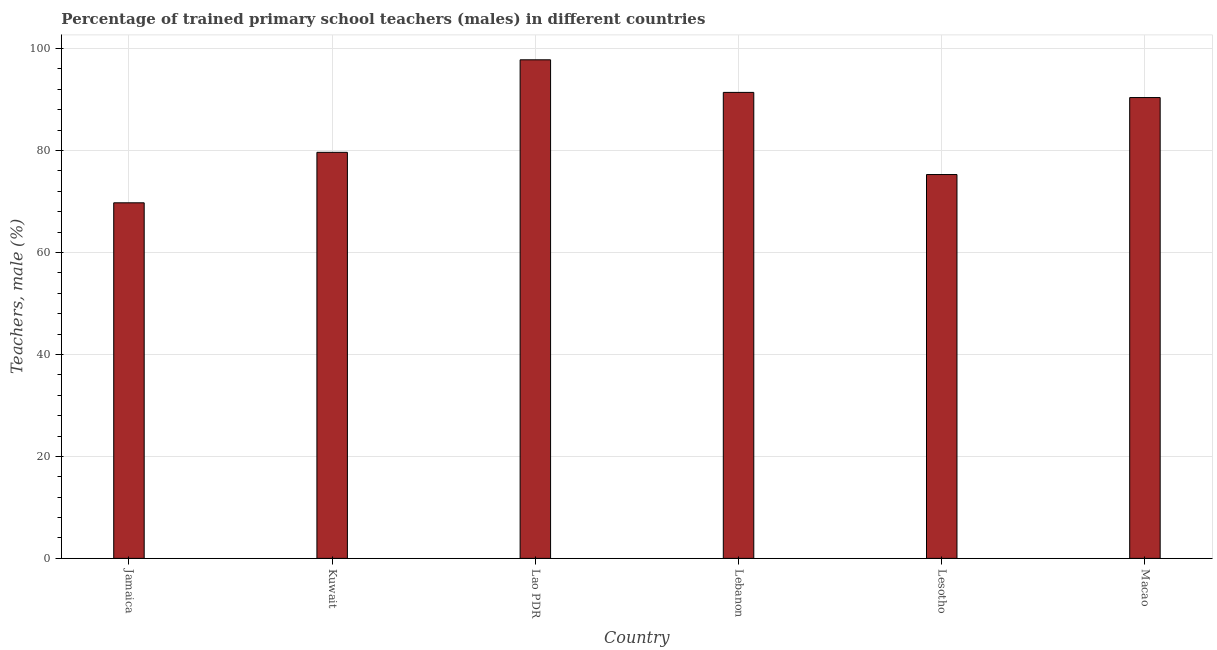
| Country | Trained teachers male |
 | --- | --- |
 | Jamaica | 69.7 |
 | Kuwait | 79.6 |
 | Lao PDR | 97.8 |
 | Lebanon | 91.4 |
 | Lesotho | 75.3 |
 | Macao | 90.4 |